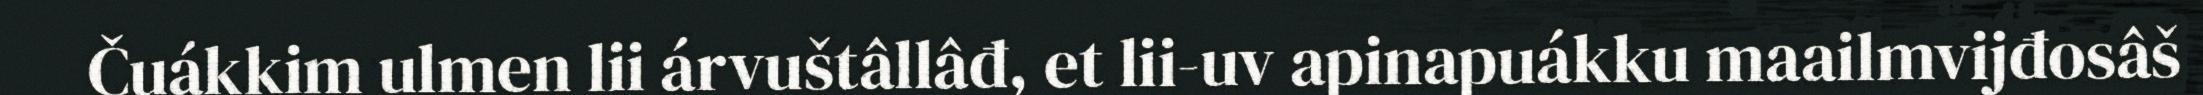
Čuákkim ulmen lii árvuštâllâđ, et lii-uv apinapuákku maailmvijđosâš